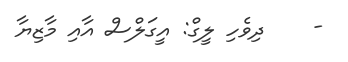
-    ދިވެހި ލީގް: އީގަލްސް އާއި މާޒިޔާ